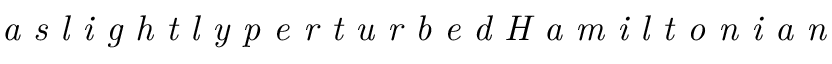
\textit { a s l i g h t l y p e r t u r b e d H a m i l t o n i a n }